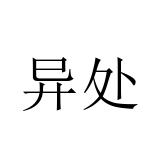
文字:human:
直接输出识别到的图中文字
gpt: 异处